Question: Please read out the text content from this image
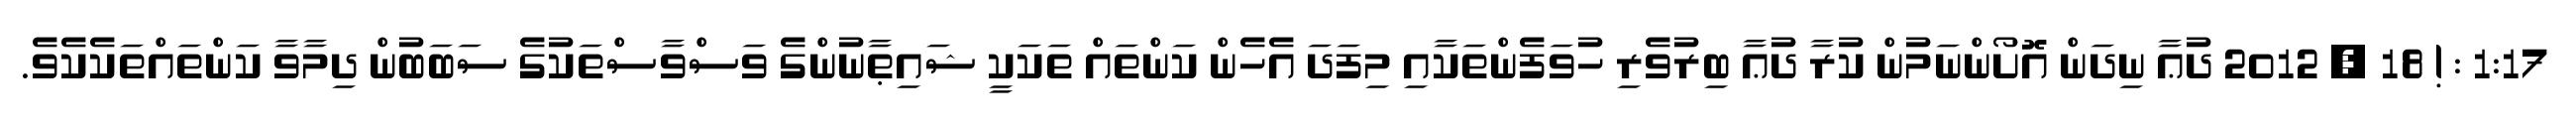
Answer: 1:17 : ! 18 , 2012 ދުޢާ ނިދަން އޮށޯންނަމުން ކުރާ ދުޢާ ބިރުވެރި ހުވަފެންތަކާއި މިފަދަ އެހެން ކަންތައް ތަކަކީ ޝައިޠާނުންގެ ވަސްވާސްތަކުގެ ސަބަބުން ދިމާވާ ކަންތައްތަކެކެވެ.